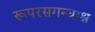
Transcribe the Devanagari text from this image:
रूपरसगन्धाश्च